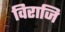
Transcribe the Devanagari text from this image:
विराजि